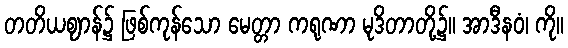
တတိယဈာန်၌ ဖြစ်ကုန်သော မေတ္တာ ကရုဏာ မုဒိတာတို့၌။ အာဒီနဝံ၊ ကို။